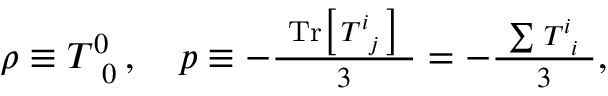
\begin{array} { r } { \rho \equiv T _ { \, \, \, 0 } ^ { 0 } \, , \quad p \equiv - \frac { ~ \mathrm { T r } \big [ \, T _ { \, \, \, j } ^ { i } \, \big ] ~ } { 3 } = - \frac { ~ \sum \, T _ { \, \, \, i } ^ { i } ~ } { 3 } , } \end{array}